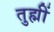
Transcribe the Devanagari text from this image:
तुह्मीं